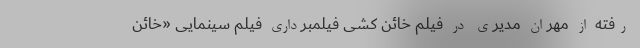
رفته از مهران مدیری در فیلم خائن کُشی فیلمبرداری فیلم سینمایی «خائن